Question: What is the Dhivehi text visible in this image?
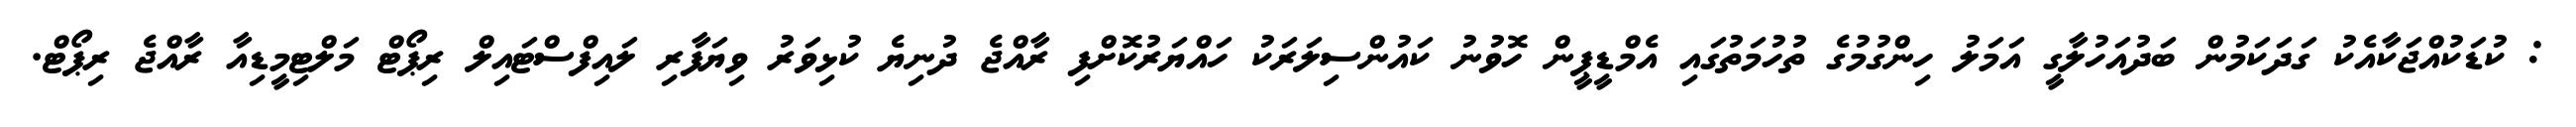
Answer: : ކުޑަކުއްޖަކާއެކު ގަދަކަމުން ބަދުއަހުލާގީ އަމަލު ހިންގުމުގެ ތުހުމަތުގައި އެމްޑީޕީން ހޮވުނު ކައުންސިލަރަކު ހައްޔަރުކޮށްފި ރާއްޖެ ދުނިޔެ ކުޅިވަރު ވިޔަފާރި ލައިފްސްޓައިލް ރިޕޯޓް މަލްޓިމީޑިއާ ރާއްޖެ ރިޕޯޓް.